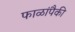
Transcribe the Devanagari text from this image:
फाळांपैकी